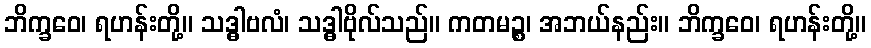
ဘိက္ခဝေ၊ ရဟန်းတို့။ သဒ္ဓါဗလံ၊ သဒ္ဓါဗိုလ်သည်။ ကတမဉ္စ၊ အဘယ်နည်း။ ဘိက္ခဝေ၊ ရဟန်းတို့။